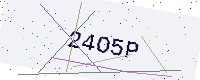
Text: 24O5P